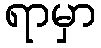
ရာမှာ